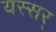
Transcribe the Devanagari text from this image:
यस्सर्